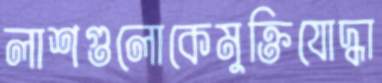
লাশগুলোকেমুক্তিযোদ্ধা